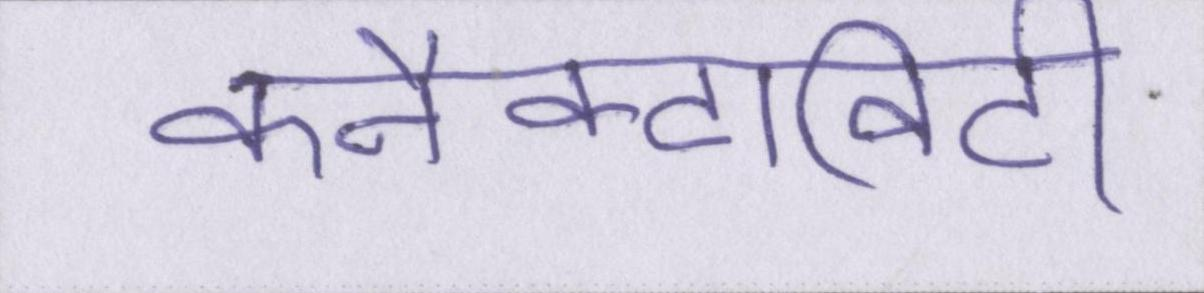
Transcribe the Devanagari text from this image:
कनैक्टिविटी